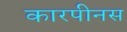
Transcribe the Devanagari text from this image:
कारपीनस